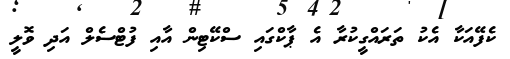
ކެފޭއަކާ އެކު ތަރައްގީކުރާ އެ ޕާކްގައި ސްކޭޓިން އާއި ފުޓްސެލް އަދި ވޮލީ